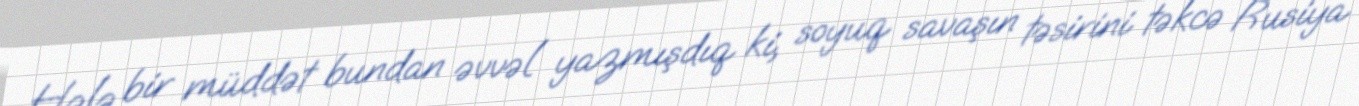
Hələ bir müddət bundan əvvəl yazmışdıq ki, soyuq savaşın təsirini təkcə Rusiya